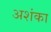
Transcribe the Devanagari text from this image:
अशंका